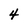
Character: 4